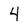
Character: 4